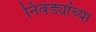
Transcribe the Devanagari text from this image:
निवड्यांच्या